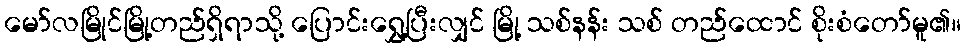
မော်လမြိုင်မြို့တည်ရှိရာသို့ ပြောင်းရွှေ့ပြီးလျှင် မြို့ သစ်နန်း သစ် တည်ထောင် စိုးစံတော်မူ၏။